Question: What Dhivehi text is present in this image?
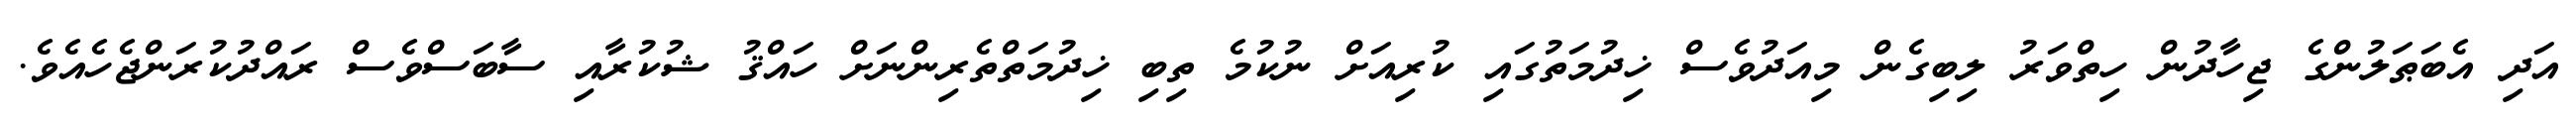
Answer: އަދި އެބަޠަލުންގެ ޖިހާދުން ހިތްވަރު ލިބިގެން މިއަދުވެސް ޚިދުމަތުގައި ކުރިއަށް ނުކުމެ ތިބި ޚިދުމަތްތެރިންނަށް ހައްޤު ޝުކުރާއި ސާބަސްވެސް ރައްދުކުރަންޖެހެއެވެ.